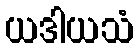
ယဒါယသံ